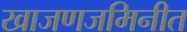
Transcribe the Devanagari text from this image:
खाजणजमिनीत